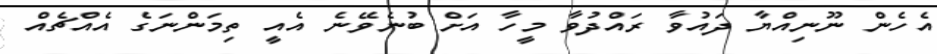
އެހެން ނޫނިއްޔާ ދައުވާ ރައްދުވާ މީހާ އަށް ބުނެވޭނެ އެއީ ތިމަންނަގެ އެއްޗެއް